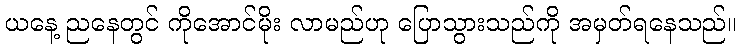
ယနေ့ ညနေတွင် ကိုအောင်မိုး လာမည်ဟု ပြောသွားသည်ကို အမှတ်ရနေသည်။